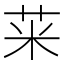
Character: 𱽥